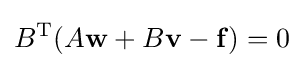
B^{\textrm {T}}(A\mathbf {w} +B\mathbf {v} -\mathbf {f} )=0